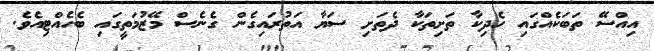
އިއްސޭ ތަބަކެއްގައި ހެދިކާ ތަށިތަކާ ދެތަށި ސަޔާ އަތުރައިގެން ގެނެސް މޭޒުމަތީގައި ބެހެއްޓިއެވެ.